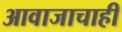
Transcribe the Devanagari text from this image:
आवाजाचाही